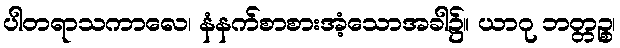
ပါတရာသကာလေ၊ နံနက်စာစားအံ့သောအခါ၌။ ယာဂု ဘတ္တဉ္စ၊